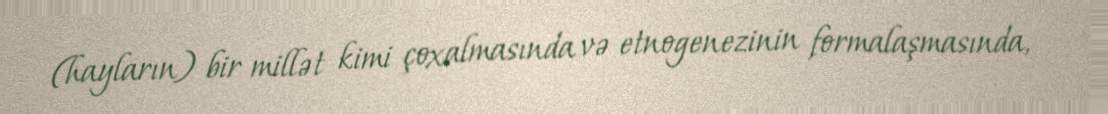
(hayların) bir millət kimi çoxalmasında və etnogenezinin formalaşmasında,